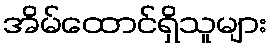
အိမ်ထောင်ရှိသူများ